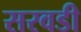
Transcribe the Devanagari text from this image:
सरवडी